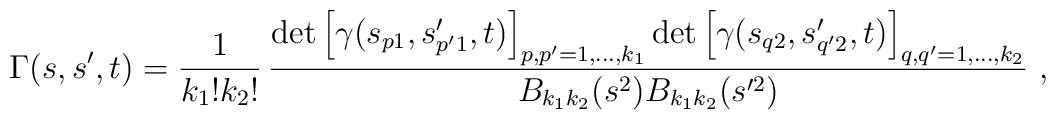
\Gamma(s,s^\prime,t) = \frac{1}{k_1!k_2!} \,         \frac    {\det\left[\gamma(s_{p1},s_{p'1}^\prime,t)\right]_{p,p'=1,\ldots,k_1}     \det\left[\gamma(s_{q2},s_{q'2}^\prime,t)\right]_{q,q'=1,\ldots,k_2}}    {B_{k_1k_2}(s^2)B_{k_1k_2}(s^{\prime 2})} \ ,